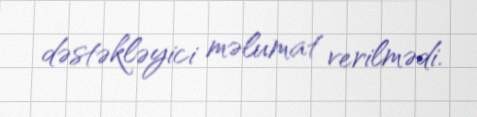
dəstəkləyici məlumat verilmədi.